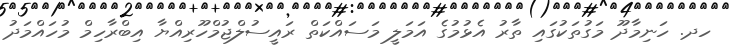
ހދ. ހަނިމާދޫ މަގުތަކުގައި ތާރު އެޅުމުގެ އަމަލީ މަސައްކަތް ރައީސުލްޖުމްހޫރިއްޔާ އިބްރާހިމް މުހައްމަދު